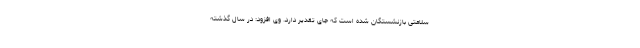
سلامتی بازنشستگان شده است که جای تقدیر دارد. وی افزود: در سال گذشته